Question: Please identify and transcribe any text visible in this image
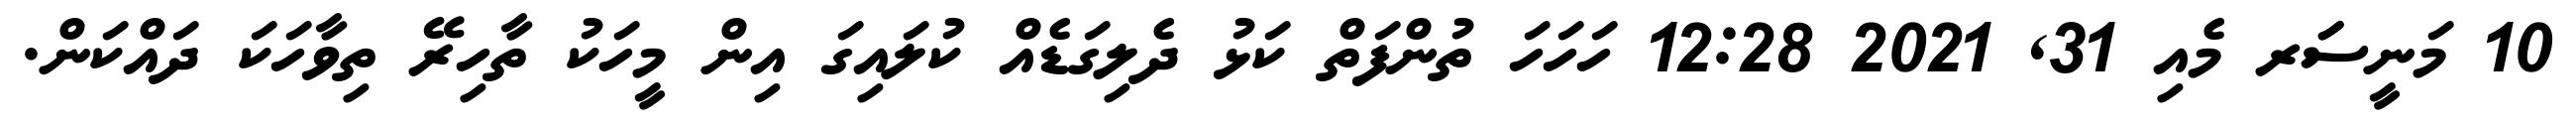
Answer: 10 މަނީސަަރ މެއި 31, 2021 12:28 ހަހަހަ ތުންފަތް ކަޅު ދެލިގަޑެއް ކުލައިގަ އިން މީހަކު ތާހިރޭ ތިވާހަކަ ދައްކަން.